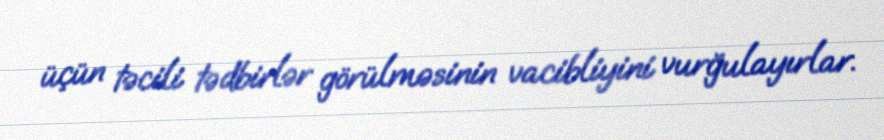
üçün təcili tədbirlər görülməsinin vacibliyini vurğulayırlar.